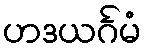
ဟဒယင်္ဂမံ